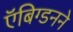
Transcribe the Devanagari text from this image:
ऍबिग्डनने